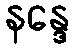
နန္ဒေ